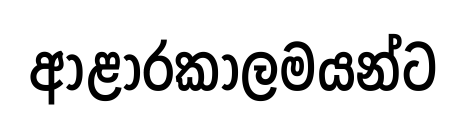
ආළාරකාලමයන්ට